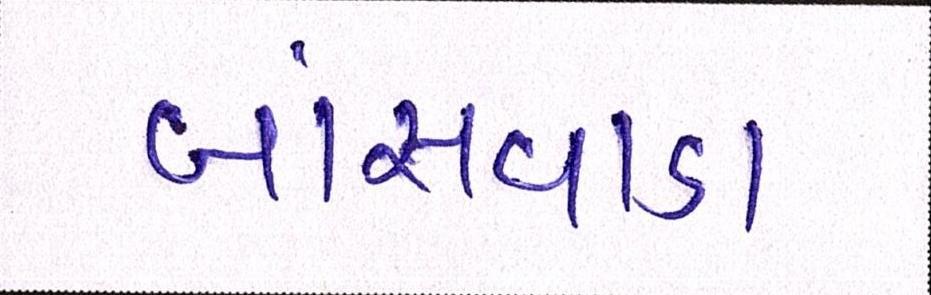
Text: બાંસવાડા